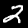
Digit: 2